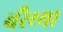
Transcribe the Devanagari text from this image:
बरैय्या